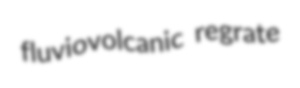
fluviovolcanic regrate